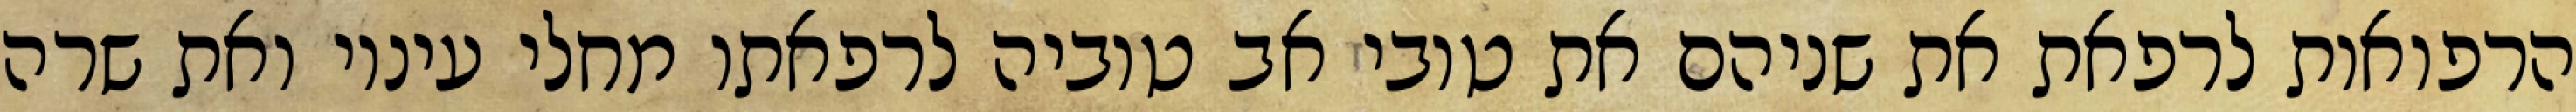
הרפואות לרפאת את שניהם את טובי אב טוביה לרפאתו מחלי עיניו ואת שרה